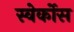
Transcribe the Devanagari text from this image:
स्वेर्कोस